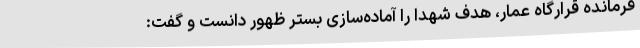
فرمانده قرارگاه عمار، هدف شهدا را آماده‌سازی بستر ظهور دانست و گفت: